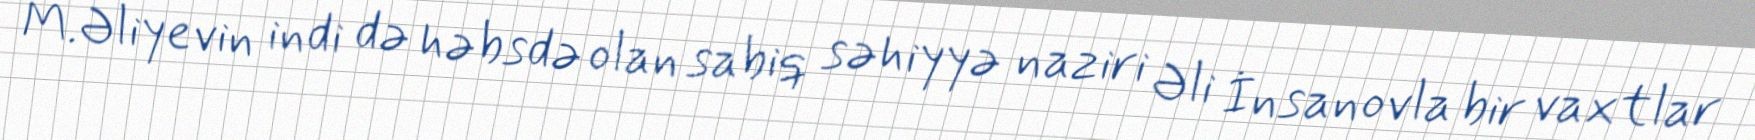
M.Əliyevin indi də həbsdə olan sabiq səhiyyə naziri Əli İnsanovla bir vaxtlar